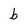
Character: b